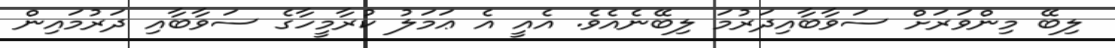
ލިބޭ މިންވަރަށް ސަވާބާއިދަރުމަ ލިބޭނެއެވެ. އެއީ އެ ޢަމަލު ކުރާމީހާގެ ސަވާބާއި ދަރުމައިން